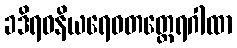
ခဒိရဝနိယရေဝတတ္ထေရဂါထာ